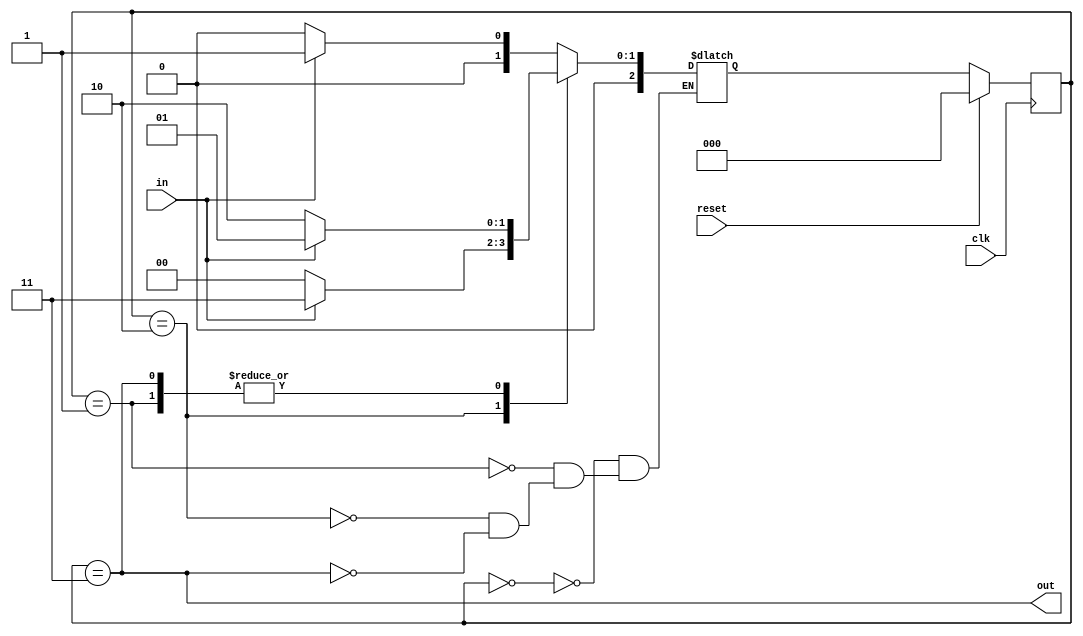
// This program was cloned from: https://github.com/Yvan-xy/verilog-doc
// License: GNU General Public License v2.0

module top_module(
    input clk,
    input in,
    input reset,
    output out); //
    
    reg [2:0] state, next_state;
    parameter A=0, B=1, C=2, D=3;
    // State transition logic
    always @(*) begin
        case (state)
            A: next_state <= in ? B : A;
            B: next_state <= in ? B : C;
            C: next_state <= in ? D : A;
            D: next_state <= in ? B : C;
        endcase
    end

    // State flip-flops with synchronous reset
    always @(posedge clk) begin
        if(reset) begin
            state <= A;
        end else begin
            state <= next_state;
        end
    end

    // Output logic
    assign out = (state == D);
endmodule